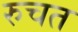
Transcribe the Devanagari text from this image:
रुचत